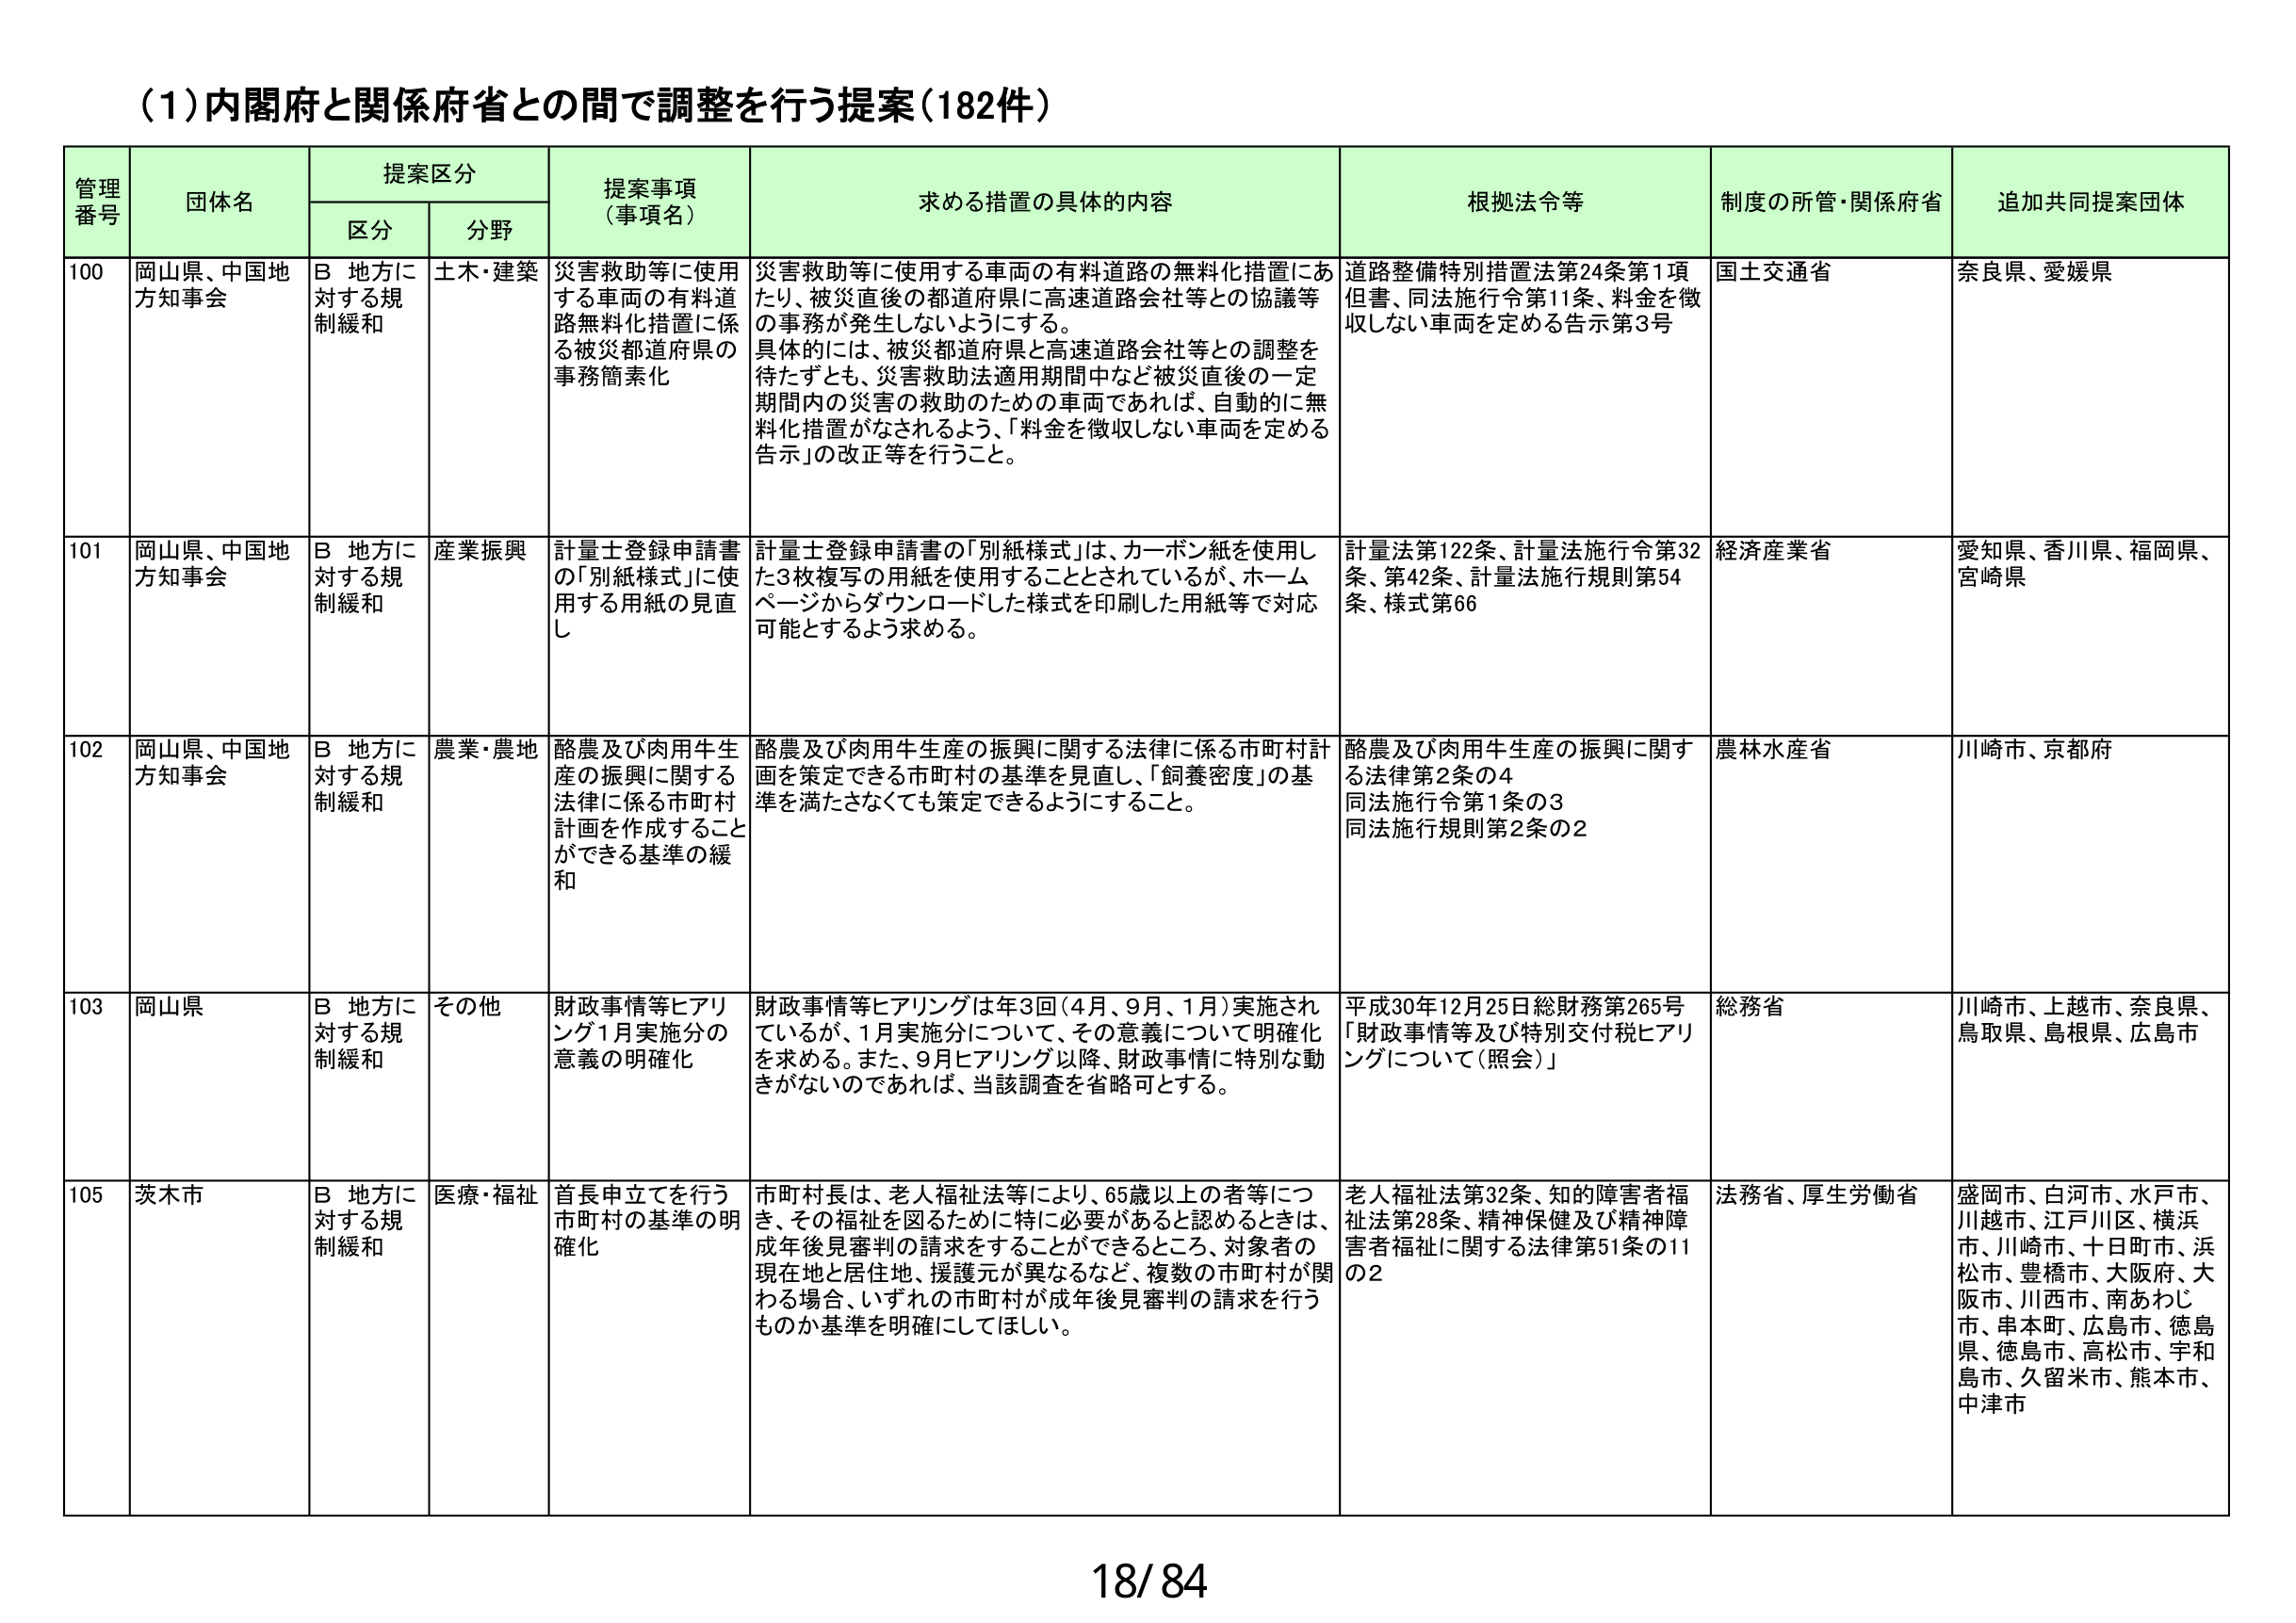
(1)内閣府と関係府省との間で調整を行う提案(182件)

管理番号 団体名 提案区分 提案事項（事項名） 求める措置の具体的内容 根拠法令等 制度の所管・関係府省 追加共同提案団体
区分 分野

100 岡山県、中国地方知事会 B 地方に対する規制緩和 土木・建築 災害救助等に使用する車両の有料道路無料化措置に係る被災都道府県の事務簡素化 災害救助等に使用する車両の有料道路の無料化措置にあたり、被災直後の都道府県に高速道路会社等との協議等の事務が発生しないようにする。具体的には、被災都道府県と高速道路会社等との調整を待たずとも、災害救助法適用期間中など被災直後の一定期間内の災害の救助のための車両であれば、自動的に無料化措置がなされるよう、「料金を徴収しない車両を定める告示」の改正等を行うこと。 道路整備特別措置法第24条第1項但書、同法施行令第11条、料金を徴収しない車両を定める告示第3号 国土交通省 奈良県、愛媛県

101 岡山県、中国地方知事会 B 地方に対する規制緩和 産業振興 計量士登録申請書の「別紙様式」に使用する用紙の見直し 計量士登録申請書の「別紙様式」は、カーボン紙を使用した3枚複写の用紙を使用することとされているが、ホームページからダウンロードした様式を印刷した用紙等で対応可能とするよう求める。 計量法第122条、計量法施行令第32条、第42条、計量法施行規則第54条、様式第66 経済産業省 愛知県、香川県、福岡県、宮崎県

102 岡山県、中国地方知事会 B 地方に対する規制緩和 農業・農地 酪農及び肉用牛生産の振興に関する法律に係る市町村計画を作成することができる基準の緩和 酪農及び肉用牛生産の振興に関する法律に係る市町村計画を策定できる市町村の基準を見直し、「飼養密度」の基準を満たさなくても策定できるようにすること。 酪農及び肉用牛生産の振興に関する法律第2条の4 同法施行令第1条の3 同法施行規則第2条の2 農林水産省 川崎市、京都府

103 岡山県 B 地方に対する規制緩和 その他 財政事情等ヒアリング1月実施分の意義の明確化 財政事情等ヒアリングは年3回（4月、9月、1月）実施されているが、1月実施分について、その意義について明確化を求める。また、9月ヒアリング以降、財政事情に特別な動きがないのであれば、当該調査を省略可とする。 平成30年12月25日総財務第265号「財政事情等及び特別交付税ヒアリングについて（照会）」 総務省 川崎市、上越市、奈良県、鳥取県、島根県、広島市

105 茨木市 B 地方に対する規制緩和 医療・福祉 首長申立てを行う市町村の基準の明確化 市町村長は、老人福祉法等により、65歳以上の者等につき、その福祉を図るために特に必要があると認めるときは、成年後見審判の請求をすることができるところ、対象者の現在地と居住地、援護元が異なるなど、複数の市町村が関わる場合、いずれの市町村が成年後見審判の請求を行うものか基準を明確にしてほしい。 老人福祉法第32条、知的障害者福祉法第28条、精神保健及び精神障害者福祉に関する法律第51条の11の2 法務省、厚生労働省 盛岡市、白河市、水戸市、川越市、江戸川区、横浜市、川崎市、十日町市、浜松市、豊橋市、大阪府、大阪市、川西市、南あわじ市、串本町、広島市、徳島県、徳島市、高松市、宇和島市、久留米市、熊本市、中津市

18/84